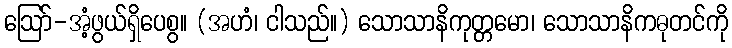
ဩော်-အံ့ဖွယ်ရှိပေစွ။ (အဟံ၊ ငါသည်။) သောသာနိကုတ္တမော၊ သောသာနိကဓုတင်ကို